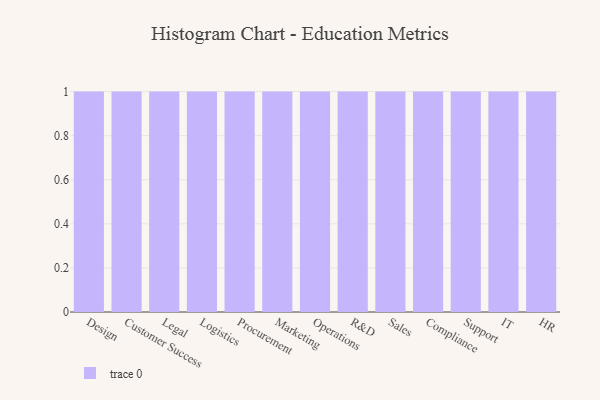
{"axis": {"x": "Department", "y": "Inventory Turnover"}, "legend": [""], "data": [{"x": "Design", "y": 98, "type": ""}, {"x": "Customer Success", "y": 66, "type": ""}, {"x": "Legal", "y": 15, "type": ""}, {"x": "Logistics", "y": 61, "type": ""}, {"x": "Procurement", "y": 78, "type": ""}, {"x": "Marketing", "y": 75, "type": ""}, {"x": "Operations", "y": 20, "type": ""}, {"x": "R&D", "y": 55, "type": ""}, {"x": "Sales", "y": 15, "type": ""}, {"x": "Compliance", "y": 12, "type": ""}, {"x": "Support", "y": 16, "type": ""}, {"x": "IT", "y": 44, "type": ""}, {"x": "HR", "y": 34, "type": ""}]}